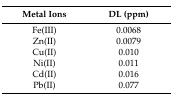
<table><thead><tr><td><b>Metal Ions</b></td><td><b>DL (ppm)</b></td></tr></thead><tbody><tr><td>Fe(III)</td><td>0.0068</td></tr><tr><td>Zn(II)</td><td>0.0079</td></tr><tr><td>Cu(II)</td><td>0.010</td></tr><tr><td>Ni(II)</td><td>0.011</td></tr><tr><td>Cd(II)</td><td>0.016</td></tr><tr><td>Pb(II)</td><td>0.077</td></tr></tbody></table>